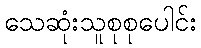
သေဆုံးသူစုစုပေါင်း